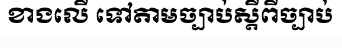
ខាងលើ ទៅតាមច្បាប់ស្តីពីច្បាប់